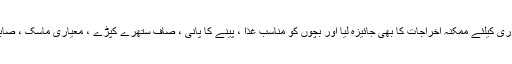
انہوں نے موجودہ صورتحال کے دوران ان تمام احکامات پر عمل آوری کیلئے ممکنہ اخراجات کا بھی جائیزہ لیا اور بچوں کو مناسب غذا ، پینے کا پانی ، صاف ستھرے کپڑے ، معیاری ماسک ، صابن اور دیگر ضروری ساز و سامان فراہم کرنے کی بھی ہدایت دی ۔